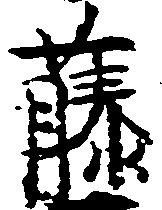
藤